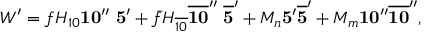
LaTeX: W ^ { \prime } = f H _ { 1 0 } { \bf 1 0 ^ { \prime \prime } } \ { \bf 5 ^ { \prime } } + \bar { f } H _ { \overline { { { 1 0 } } } } { \bf \overline { { { 1 0 } } } ^ { \prime \prime } } \ { \bf \overline { { { 5 } } } ^ { \prime } } + M _ { n } { \bf 5 ^ { \prime } } { \bf \overline { { { 5 } } } ^ { \prime } } + M _ { m } { \bf 1 0 ^ { \prime \prime } } { \bf \overline { { { 1 0 } } } ^ { \prime \prime } } ,